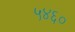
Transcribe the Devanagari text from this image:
५४६०